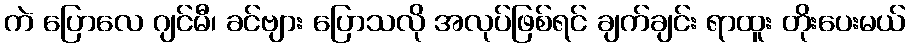
ကဲ ပြောလေ ဂျင်မီ၊ ခင်ဗျား ပြောသလို အလုပ်ဖြစ်ရင် ချက်ချင်း ရာထူး တိုးပေးမယ်